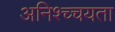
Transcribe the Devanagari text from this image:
अनिश्च्चयता